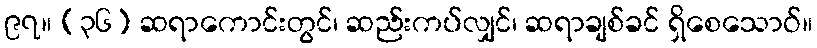
၉၇။ (၃၆) ဆရာကောင်းတွင်၊ ဆည်းကပ်လျှင်၊ ဆရာချစ်ခင် ရှိစေသောဝ်။